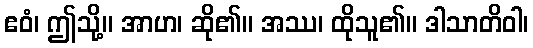
ဧဝံ၊ ဤသို့။ အာဟ၊ ဆို၏။ အဿ၊ ထိုသူ၏။ ဒါသာတိဝါ၊